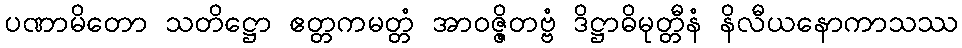
ပဏာမိတော သတိဋ္ဌော ဧတ္တကမတ္တံ အာဝဇ္ဇိတဗ္ဗံ ဒိဋ္ဌာဓိမုတ္တီနံ နိလီယနောကာသဿ